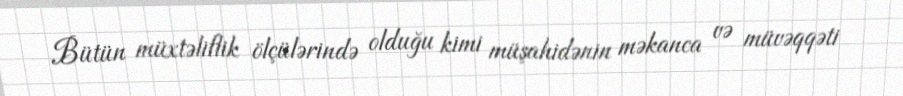
Bütün müxtəliflik ölçülərində olduğu kimi müşahidənin məkanca və müvəqqəti